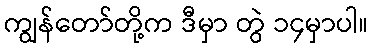
ကျွန်တော်တို့က ဒီမှာ တွဲ ၁၄မှာပါ။